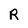
Character: R